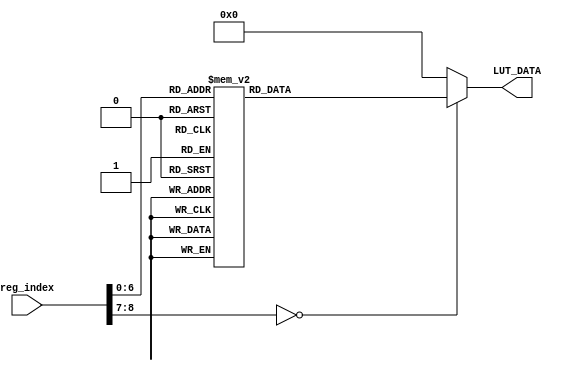
module camera_config_index 
(
    input wire [8:0]   reg_index        ,
    output reg [23:0]  LUT_DATA         
);

//iic  			
always@(reg_index)   
 begin
    case(reg_index)
		0 : LUT_DATA <= 24'h0100_00;
		1 : LUT_DATA <= 24'h0103_01;
		//--- PLL setting ---//
		2 : LUT_DATA <= 24'h030a_00;//pll1_predivp
		3 : LUT_DATA <= 24'h0300_01;//pll1_prediv
		4 : LUT_DATA <= 24'h0301_00;//pll1_divp_h
		5 : LUT_DATA <= 24'h0302_30;//pll1_divp_l
		6 : LUT_DATA <= 24'h0303_03;////pll1_divm
		7 : LUT_DATA <= 24'h0304_03;//pll1_div_mipi
		8 : LUT_DATA <= 24'h0305_02;//pll1_divsp
		9 : LUT_DATA <= 24'h0306_01;//pll1_divs
		10: LUT_DATA <= 24'h0314_00;//pll2_predivp
		11: LUT_DATA <= 24'h030b_04;//pll2_prediv
		12: LUT_DATA <= 24'h030c_00;//pll2_divp_h
		13: LUT_DATA <= 24'h030d_60;//pll2_divp_l
		14: LUT_DATA <= 24'h030f_05;//pll2_divsp
		15: LUT_DATA <= 24'h030e_06;//pll2_divs
		16: LUT_DATA <= 24'h0312_07;//pll2_div_sa1
		17: LUT_DATA <= 24'h0313_01;//pll2_div_dac
		18: LUT_DATA <= 24'h3001_62;
		19: LUT_DATA <= 24'h3004_01;//io_pad_out_en[17:16]
		20: LUT_DATA <= 24'h3005_ff;//io_pad_out_en[15:8]
		21: LUT_DATA <= 24'h3006_e2;//io_pad_out_en[7:0]
		22: LUT_DATA <= 24'h3011_0a;
		23: LUT_DATA <= 24'h3013_18;
		24: LUT_DATA <= 24'h301c_f0;
		25: LUT_DATA <= 24'h3022_07;
		26: LUT_DATA <= 24'h3030_10;
		27: LUT_DATA <= 24'h3039_2e;
		28: LUT_DATA <= 24'h303a_f0;
		//manula AEC/AGC
		29: LUT_DATA <= 24'h3500_00;
		30: LUT_DATA <= 24'h3501_02;
		31: LUT_DATA <= 24'h3502_00;
		32: LUT_DATA <= 24'h3503_08;
		33: LUT_DATA <= 24'h3505_00;
		34: LUT_DATA <= 24'h3507_00;
		35: LUT_DATA <= 24'h3508_00;
		36: LUT_DATA <= 24'h3509_3f;
		//analog control
		37: LUT_DATA <= 24'h3610_80;
		38: LUT_DATA <= 24'h3611_a0;
		39: LUT_DATA <= 24'h3620_6e;
		40: LUT_DATA <= 24'h3632_56;
		41: LUT_DATA <= 24'h3633_78;
		42: LUT_DATA <= 24'h3662_05;
		43: LUT_DATA <= 24'h3666_5a;
		44: LUT_DATA <= 24'h366f_7e;
		45: LUT_DATA <= 24'h3680_84;
		//sensor control
		46: LUT_DATA <= 24'h3712_80;
		47: LUT_DATA <= 24'h372d_22;
		48: LUT_DATA <= 24'h3731_80;
		49: LUT_DATA <= 24'h3732_30;
		50: LUT_DATA <= 24'h3778_00;
		51: LUT_DATA <= 24'h377d_22;
		52: LUT_DATA <= 24'h3788_02;
		53: LUT_DATA <= 24'h3789_a4;
		54: LUT_DATA <= 24'h378a_00;
		55: LUT_DATA <= 24'h378b_4a;
		56: LUT_DATA <= 24'h3799_20;
		//timing control
		57: LUT_DATA <= 24'h3800_00;
		58: LUT_DATA <= 24'h3801_00;
		59: LUT_DATA <= 24'h3802_00;
		60: LUT_DATA <= 24'h3803_00;
		61: LUT_DATA <= 24'h3804_05;
		62: LUT_DATA <= 24'h3805_0f;
		63: LUT_DATA <= 24'h3806_03;
		64: LUT_DATA <= 24'h3807_2f;
		65: LUT_DATA <= 24'h3808_05;//1280  180
		66: LUT_DATA <= 24'h3809_00;
		67: LUT_DATA <= 24'h380a_03;//768
		68: LUT_DATA <= 24'h380b_20;
		69: LUT_DATA <= 24'h380c_07;//1892
		70: LUT_DATA <= 24'h380d_64;
		71: LUT_DATA <= 24'h380e_03;//816
		72: LUT_DATA <= 24'h380f_50;//VTS
		73: LUT_DATA <= 24'h3810_00;
		74: LUT_DATA <= 24'h3811_08;
		75: LUT_DATA <= 24'h3812_00;
		76: LUT_DATA <= 24'h3813_08;
		77: LUT_DATA <= 24'h3814_11;
		78: LUT_DATA <= 24'h3815_11;
		79: LUT_DATA <= 24'h3820_00;//Bit[2]:Vflip;vertical image flip
		80: LUT_DATA <= 24'h3821_04;//Bit[2] mirror
		81: LUT_DATA <= 24'h382c_05;
		82: LUT_DATA <= 24'h382d_b0;
		83: LUT_DATA <= 24'h389d_00;
		84: LUT_DATA <= 24'h3881_42;
		85: LUT_DATA <= 24'h3882_01;
		86: LUT_DATA <= 24'h3883_00;
		87: LUT_DATA <= 24'h3885_02;
		88: LUT_DATA <= 24'h38a8_02;
		89: LUT_DATA <= 24'h38a9_80;
		90: LUT_DATA <= 24'h38b1_00;
		91: LUT_DATA <= 24'h38b3_02;
		92: LUT_DATA <= 24'h38c4_00;
		93: LUT_DATA <= 24'h38c5_c0;
		94: LUT_DATA <= 24'h38c6_04;
		95: LUT_DATA <= 24'h38c7_80;
		96: LUT_DATA <= 24'h3920_ff;//strobe_pattern[7;0]
		//BLC control
		97: LUT_DATA <= 24'h4003_40;
		98: LUT_DATA <= 24'h4008_04;
		99: LUT_DATA <= 24'h4009_0b;
		100: LUT_DATA <= 24'h400c_00;
		101: LUT_DATA <= 24'h400d_07;
		102: LUT_DATA <= 24'h4010_40;
		103: LUT_DATA <= 24'h4043_40;
		//format control
		104: LUT_DATA <= 24'h4307_30;
		105: LUT_DATA <= 24'h4317_01;//Bit[0] DVP enable
		106: LUT_DATA <= 24'h4501_00;
		107: LUT_DATA <= 24'h4507_00;
		108: LUT_DATA <= 24'h4509_00;
		109: LUT_DATA <= 24'h450a_08;
		110: LUT_DATA <= 24'h4601_04;//VFIFO read start point low byte
		111: LUT_DATA <= 24'h470f_e0;
		112: LUT_DATA <= 24'h4708_01;//bit[2] HREF polarity;bit[1] VSYNC polarity; bit[0]-PCLK polarity
		113: LUT_DATA <= 24'h4f07_00;
		114: LUT_DATA <= 24'h4800_00;//MIPI top control
		//ISP top registers BLC(black level calibration)
		115: LUT_DATA <= 24'h5000_9f;//Bit[0] - 1:BLC Enable
		116: LUT_DATA <= 24'h5001_00;
		117: LUT_DATA <= 24'h5e00_00;//Bit[7] - test pattern disable
		118: LUT_DATA <= 24'h5d00_0b;
		119: LUT_DATA <= 24'h5d01_02;
		//low power modes
		120: LUT_DATA <= 24'h4f00_04;
		121: LUT_DATA <= 24'h4f10_00;
		122: LUT_DATA <= 24'h4f11_98;
		123: LUT_DATA <= 24'h4f12_0f;
		124: LUT_DATA <= 24'h4f13_c4;
		//125: LUT_DATA <= 24'h5e00_80;
		//126: LUT_DATA <= 24'h4320_80;
		125: LUT_DATA <= 24'h0100_01;//Bit[0] - 1:streaming
		default:LUT_DATA<=24'h000000;
    endcase            
end	      



endmodule